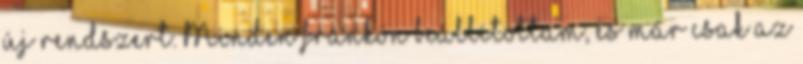
új rendszert. Minden frankón beállítottam, és már csak az